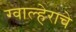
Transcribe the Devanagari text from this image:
ग्वाल्हेराचे